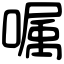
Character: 嘱